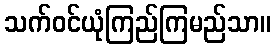
သက်ဝင်ယုံကြည်ကြမည်သာ။